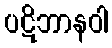
ပဋိဘာနဝါ